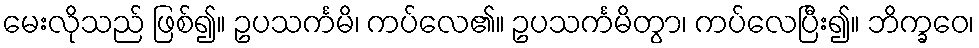
မေးလိုသည် ဖြစ်၍။ ဥပသင်္ကမိ၊ ကပ်လေ၏။ ဥပသင်္ကမိတွာ၊ ကပ်လေပြီး၍။ ဘိက္ခဝေ၊